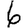
Digit: 6